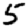
Digit: 5